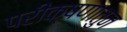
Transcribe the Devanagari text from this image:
परीक्षणातुन